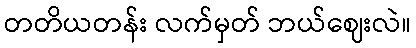
တတိယတန်း လက်မှတ် ဘယ်ဈေးလဲ။